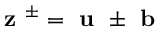
\textbf { z } ^ { \pm } = \textbf { u } \pm \textbf { b }